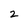
Character: 2